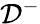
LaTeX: \mathcal{D}^{-}